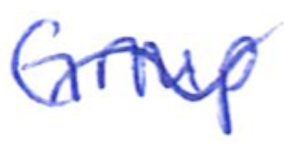
Text: Group
Cross-out: wave
Writing tool: ballpoint